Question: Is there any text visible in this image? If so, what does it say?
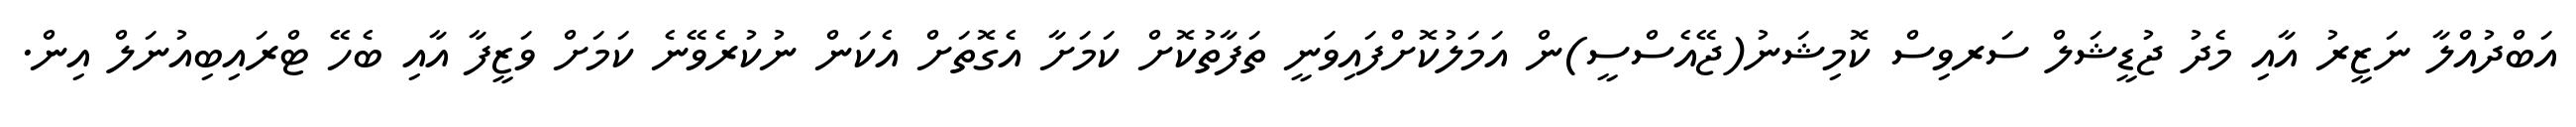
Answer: އަބްދުއްލާ ނަޒީރު އާއި މެދު ޖުޑީޝަލް ސަރވިސް ކޮމިޝަނު(ޖޭއެސްސީ)ން އަމަލުކޮށްފައިވަނީ ތަފާތުކޮށް ކަމަށާ އެގޮތަށް އެކަން ނުކުރެވޭނެ ކަމަށް ވަޒީފާ އާއި ބެހޭ ޓްރައިބިއުނަލް އިން.